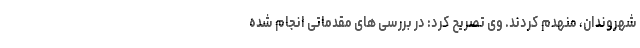
شهروندان، منهدم کردند. وی تصریح کرد: در بررسی های مقدماتی انجام شده